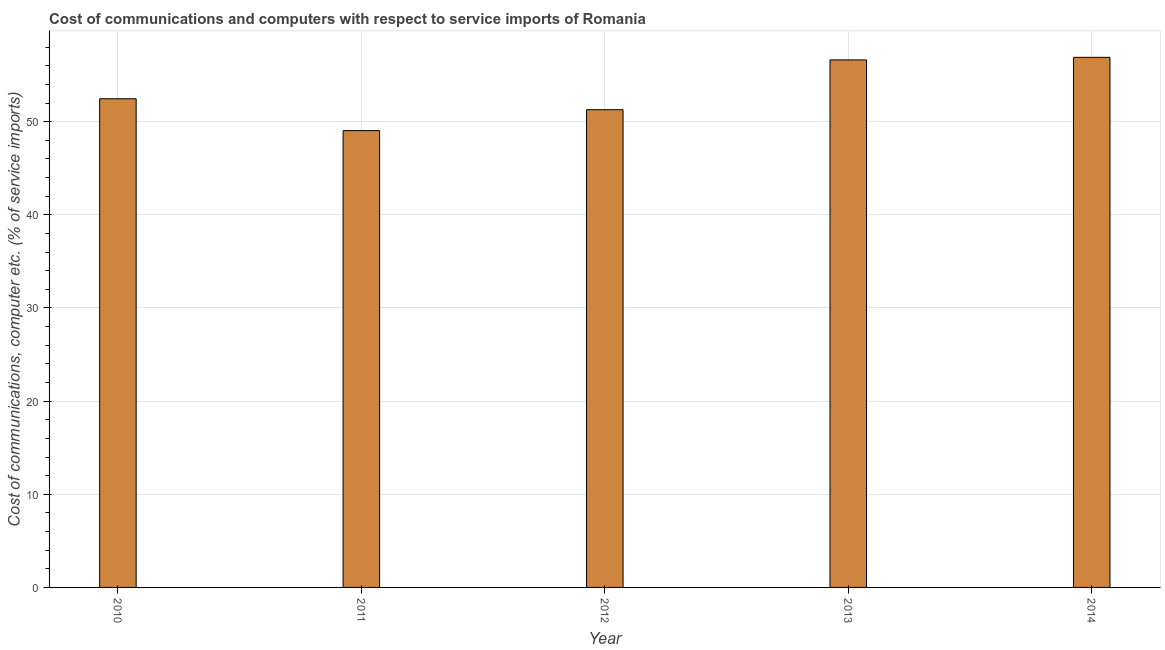
| Year | Communications |
 | --- | --- |
 | 2010 | 52.5 |
 | 2011 | 49 |
 | 2012 | 51.3 |
 | 2013 | 56.6 |
 | 2014 | 56.9 |